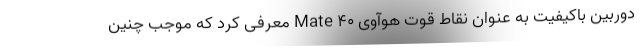
دوربین باکیفیت به عنوان نقاط قوت هوآوی Mate 40 معرفی کرد که موجب چنین